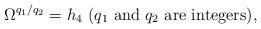
LaTeX: \begin{align*}\Omega ^{q_{1}/q_{2}}=h_{4}~(q_{1}\mbox{ and }q_{2}\mbox{ are integers}),\end{align*}